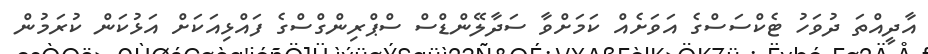
އާދީއްތަ ދުވަހު ޓެކްސަސްގެ އަވަށެއް ކަމަށްވާ ސަދާލޭންޑްސް ސްޕްރިންގްސްގެ ފައްޅިއަކަށް އަޅުކަން ކުރަމުން